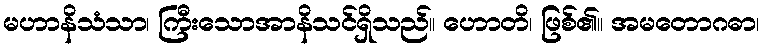
မဟာနိသံသာ၊ ကြီးသောအာနိသင်ရှိသည်။ ဟောတိ၊ ဖြစ်၏။ အမတောဂဓာ၊